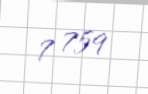
7 759